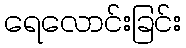
ရေလောင်းခြင်း